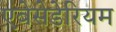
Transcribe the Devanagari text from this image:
एबेसेडेरियम